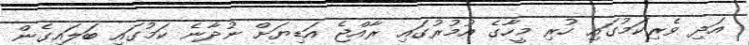
އަދި ވެރިކަމުގައި ހުރި މީހާގެ އުމުރުގައި ރާއްޖެ އަޑިޔަށް ނުދާނެ ކަމުގައި ބަލައިގެން